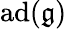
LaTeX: \operatorname{ad}({\mathfrak{g}})